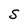
Character: S